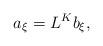
LaTeX: \begin{align*}a_{\xi}=L^{K}b_{\xi},\end{align*}